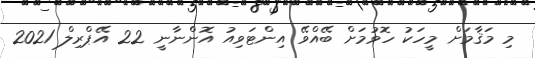
މި މަޤާމަށް މީހަކު ހޮވުމަށް ބޭއްވޭ އިންޓަވިއު އޮންނާނީ 22 އޭޕްރިލް 2021